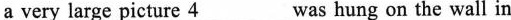
a very large picture \underline{4}was hung on the wall in